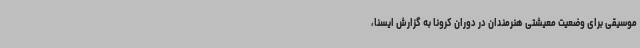
موسیقی برای وضعیت معیشتی هنرمندان در دوران کرونا به گزارش ایسنا،